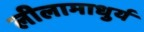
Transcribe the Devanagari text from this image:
लीलामाधुर्य